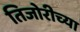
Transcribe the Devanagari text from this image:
तिजोरीच्या